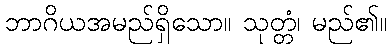
ဘာဂိယအမည်ရှိသော။ သုတ္တံ၊ မည်၏။